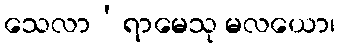
သေလာ’ရာမေသု မလယော၊